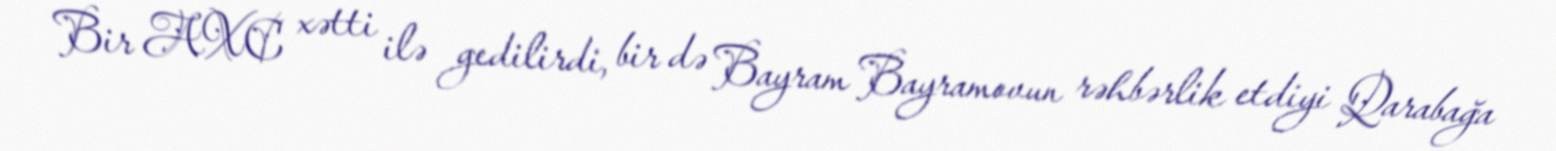
Bir AXC xətti ilə gedilirdi, bir də Bayram Bayramovun rəhbərlik etdiyi Qarabağa